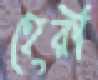
হেরী